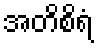
အတိစိရံ